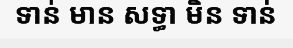
ទាន់ មាន សទ្ធា មិន ទាន់